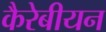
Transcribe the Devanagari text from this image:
कैरेबीयन